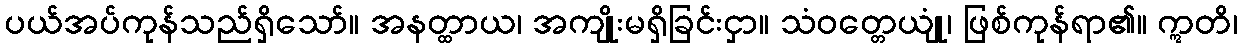
ပယ်အပ်ကုန်သည်ရှိသော်။ အနတ္ထာယ၊ အကျိုးမရှိခြင်းငှာ။ သံဝတ္တေယျုံ၊ ဖြစ်ကုန်ရာ၏။ ဣတိ၊